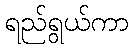
ရည်ရွယ်ကာ